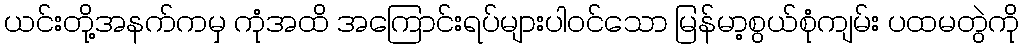
ယင်းတို့အနက်ကမှ ကုံအထိ အကြောင်းရပ်များပါဝင်သော မြန်မာ့စွယ်စုံကျမ်း ပထမတွဲကို